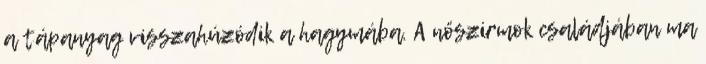
a tápanyag visszahúzódik a hagymába. A nőszirmok családjában ma